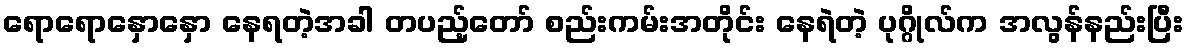
ရောရောနှောနှော နေရတဲ့အခါ တပည့်တော် စည်းကမ်းအတိုင်း နေရဲတဲ့ ပုဂ္ဂိုလ်က အလွန်နည်းပြီး